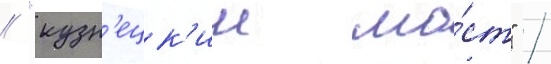
/ "кузн'ецк'ии мо́ст" /